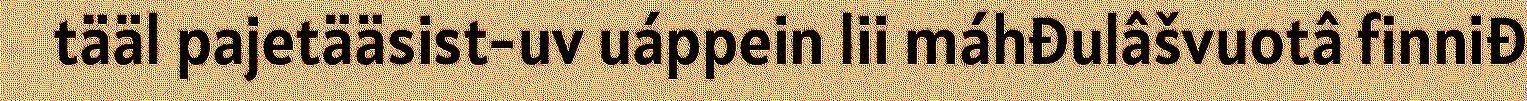
tääl pajetääsist-uv uáppein lii máhđulâšvuotâ finniđ